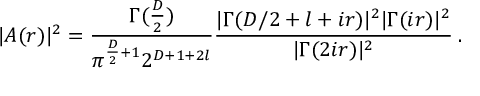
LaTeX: | A ( r ) | ^ { 2 } = \frac { \Gamma ( \frac { D } { 2 } ) } { \pi ^ { \frac { D } { 2 } + 1 } 2 ^ { D + 1 + 2 l } } \frac { | \Gamma ( D / 2 + l + i r ) | ^ { 2 } | \Gamma ( i r ) | ^ { 2 } } { | \Gamma ( 2 i r ) | ^ { 2 } } \: .